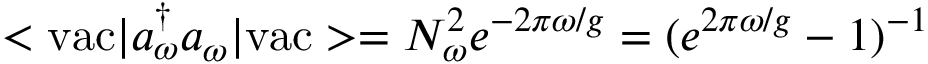
< \mathrm { v a c } | a _ { \omega } ^ { \dagger } a _ { \omega } | \mathrm { v a c } > = N _ { \omega } ^ { 2 } e ^ { - 2 \pi \omega / g } = ( e ^ { 2 \pi \omega / g } - 1 ) ^ { - 1 }